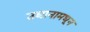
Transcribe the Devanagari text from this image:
उद्यानामधून